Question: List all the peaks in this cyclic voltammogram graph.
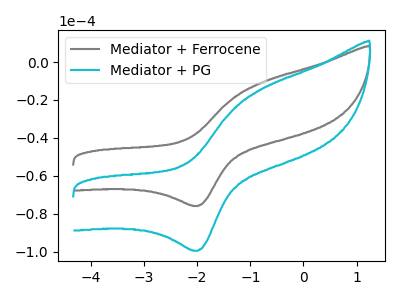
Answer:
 <answer>The gray curve "Mediator + Ferrocene" has an anodic peak at (-0.80V, -11.15uA) and a cathodic peak at (-2.00V, -75.95uA). The cyan curve "Mediator + PG" has an anodic peak at (-0.80V, -14.65uA) and a cathodic peak at (-2.00V, -99.55uA).</answer>
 <eval></eval>